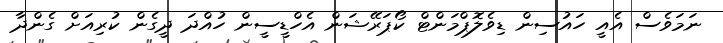
ނަމަވެސް އެއީ ހައުސިން ޑިވެލޮޕްމަންޓް ކޯޕަރޭޝަން އެހްޑީސީން ހުއްދަ ދީގެން ކުރިއަށް ގެންދާ